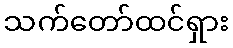
သက်တော်ထင်ရှား